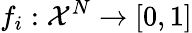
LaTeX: f_{i}:\mathcal{X}^{N}\to[0,1]